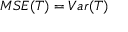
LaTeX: M S E ( T ) = V a r ( T )